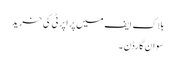
بلاک ایف میں پراپرٹی کی خرید
سوان گارڈن ۔